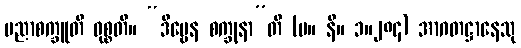
ပညာစက္ခူတိ ဝုစ္စတိ။ “ဒိဗ္ဗေန စက္ခုနာ”တိ (မ။ နိ။ ၁။၂၈၄) အာဂတဋ္ဌာနေသု